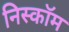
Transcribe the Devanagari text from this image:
निस्कॉम